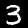
Digit: 3